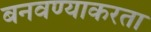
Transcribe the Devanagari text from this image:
बनवण्याकरता